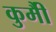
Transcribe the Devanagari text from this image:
कुर्मीै